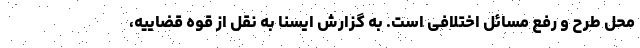
محل طرح و رفع مسائل اختلافی است. به گزارش ایسنا به نقل از قوه قضاییه،